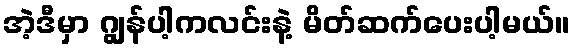
အဲ့ဒီမှာ ဂျွန်ပါ့ကလင်းနဲ့ မိတ်ဆက်ပေးပါ့မယ်။